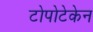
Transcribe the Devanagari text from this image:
टोपोटेकेन